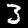
Digit: 3